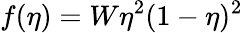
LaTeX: f(\eta)=W\eta^{2}(1-\eta)^{2}